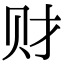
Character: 财